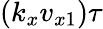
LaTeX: (k_{x}v_{x1})\tau